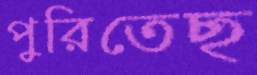
পুরিতেছ